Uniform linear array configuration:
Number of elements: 64
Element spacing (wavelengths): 0.25
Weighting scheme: exponential
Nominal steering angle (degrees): -60
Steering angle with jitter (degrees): -61.638
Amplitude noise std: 0.05
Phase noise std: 0.05

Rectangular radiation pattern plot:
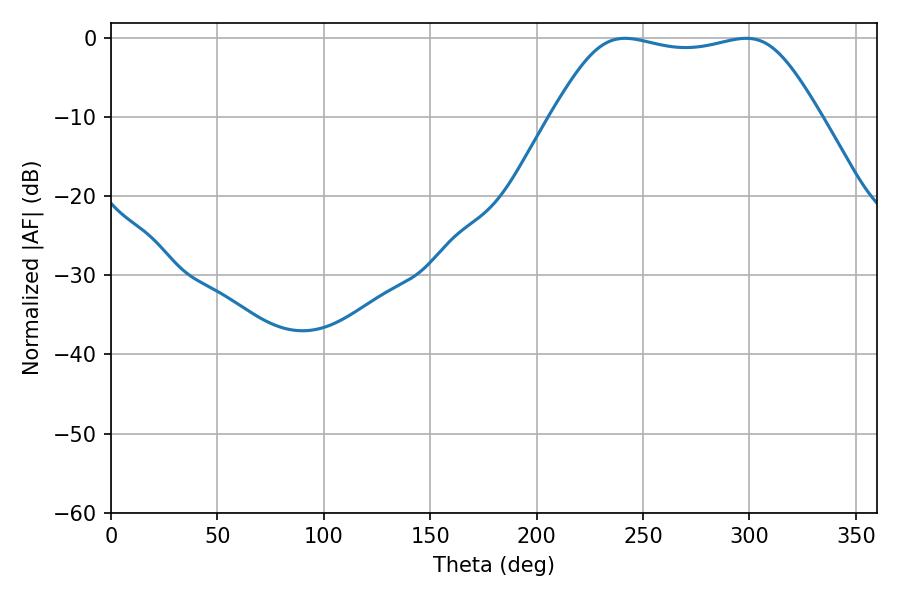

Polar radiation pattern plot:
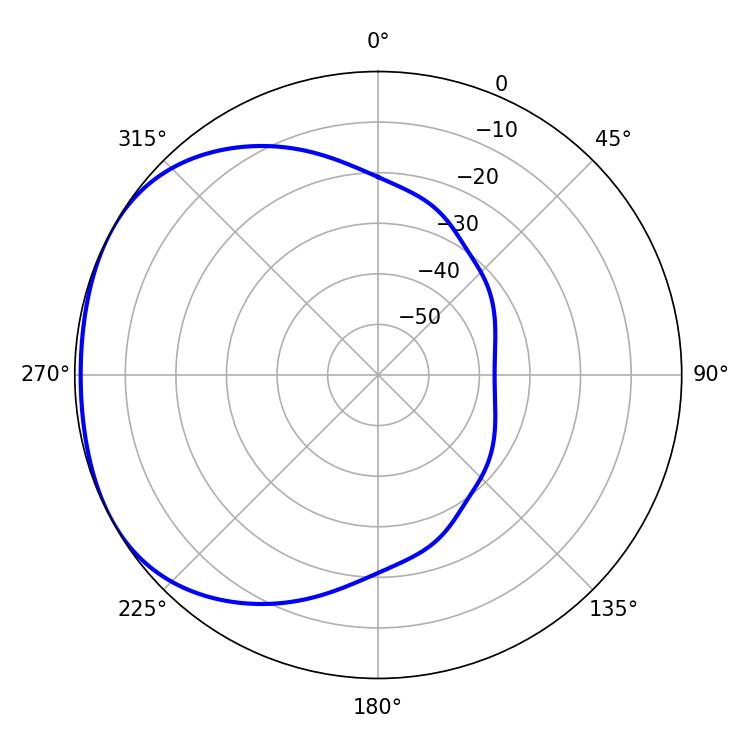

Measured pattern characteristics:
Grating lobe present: FALSE
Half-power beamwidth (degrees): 95.04
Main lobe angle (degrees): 241.56